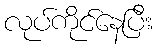
လုပ်ကိုင်နေပြီး